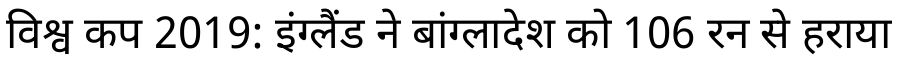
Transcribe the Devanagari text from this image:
विश्व कप 2019: इंग्लैंड ने बांग्लादेश को 106 रन से हराया